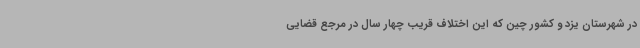
در شهرستان یزد و کشور چین که این اختلاف قریب چهار سال در مرجع قضایی